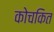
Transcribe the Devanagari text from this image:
कोचकित